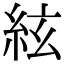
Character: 絃